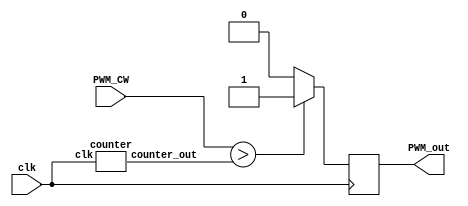
`timescale 1ps / 1ps
module PWM_Controller (
	PWM_CW,               // Ports declared
	PWM_out,					         
	clk
	);
	
	input clk;            //Port type declared
	input [15:0] PWM_CW;
	
	output reg PWM_out; // 1 bit PWM output
	wire [15:0] counter_out;

	always @ (posedge clk)
	begin
			
			if (PWM_CW > counter_out)
				PWM_out <= 1;
				
			else 
				PWM_out <= 0;
	end
		
	
	counter counter_inst(
	
		.clk (clk),
		.counter_out (counter_out)
		);
	
endmodule


`timescale 1ps / 1ps
module counter (
	clk,				//Counter clock
	counter_out   			 // 8 bit output from the counter
);

	input clk;			// clock declared as an input port
	output reg [15:0] counter_out;  // counter_out declared as an 8 bit output register
	
	always @(posedge clk)
		begin
			if (counter_out == 16'd62500) counter_out = 16'b0;
			else counter_out <= counter_out + 16'b1;
		end
		
endmodule				// identifies the end of the module